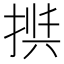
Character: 𱠎